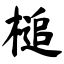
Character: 槌